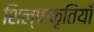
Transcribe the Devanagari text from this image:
शिल्पाकृतियाँ